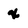
Character: x